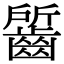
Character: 𪘷